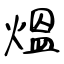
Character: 熅